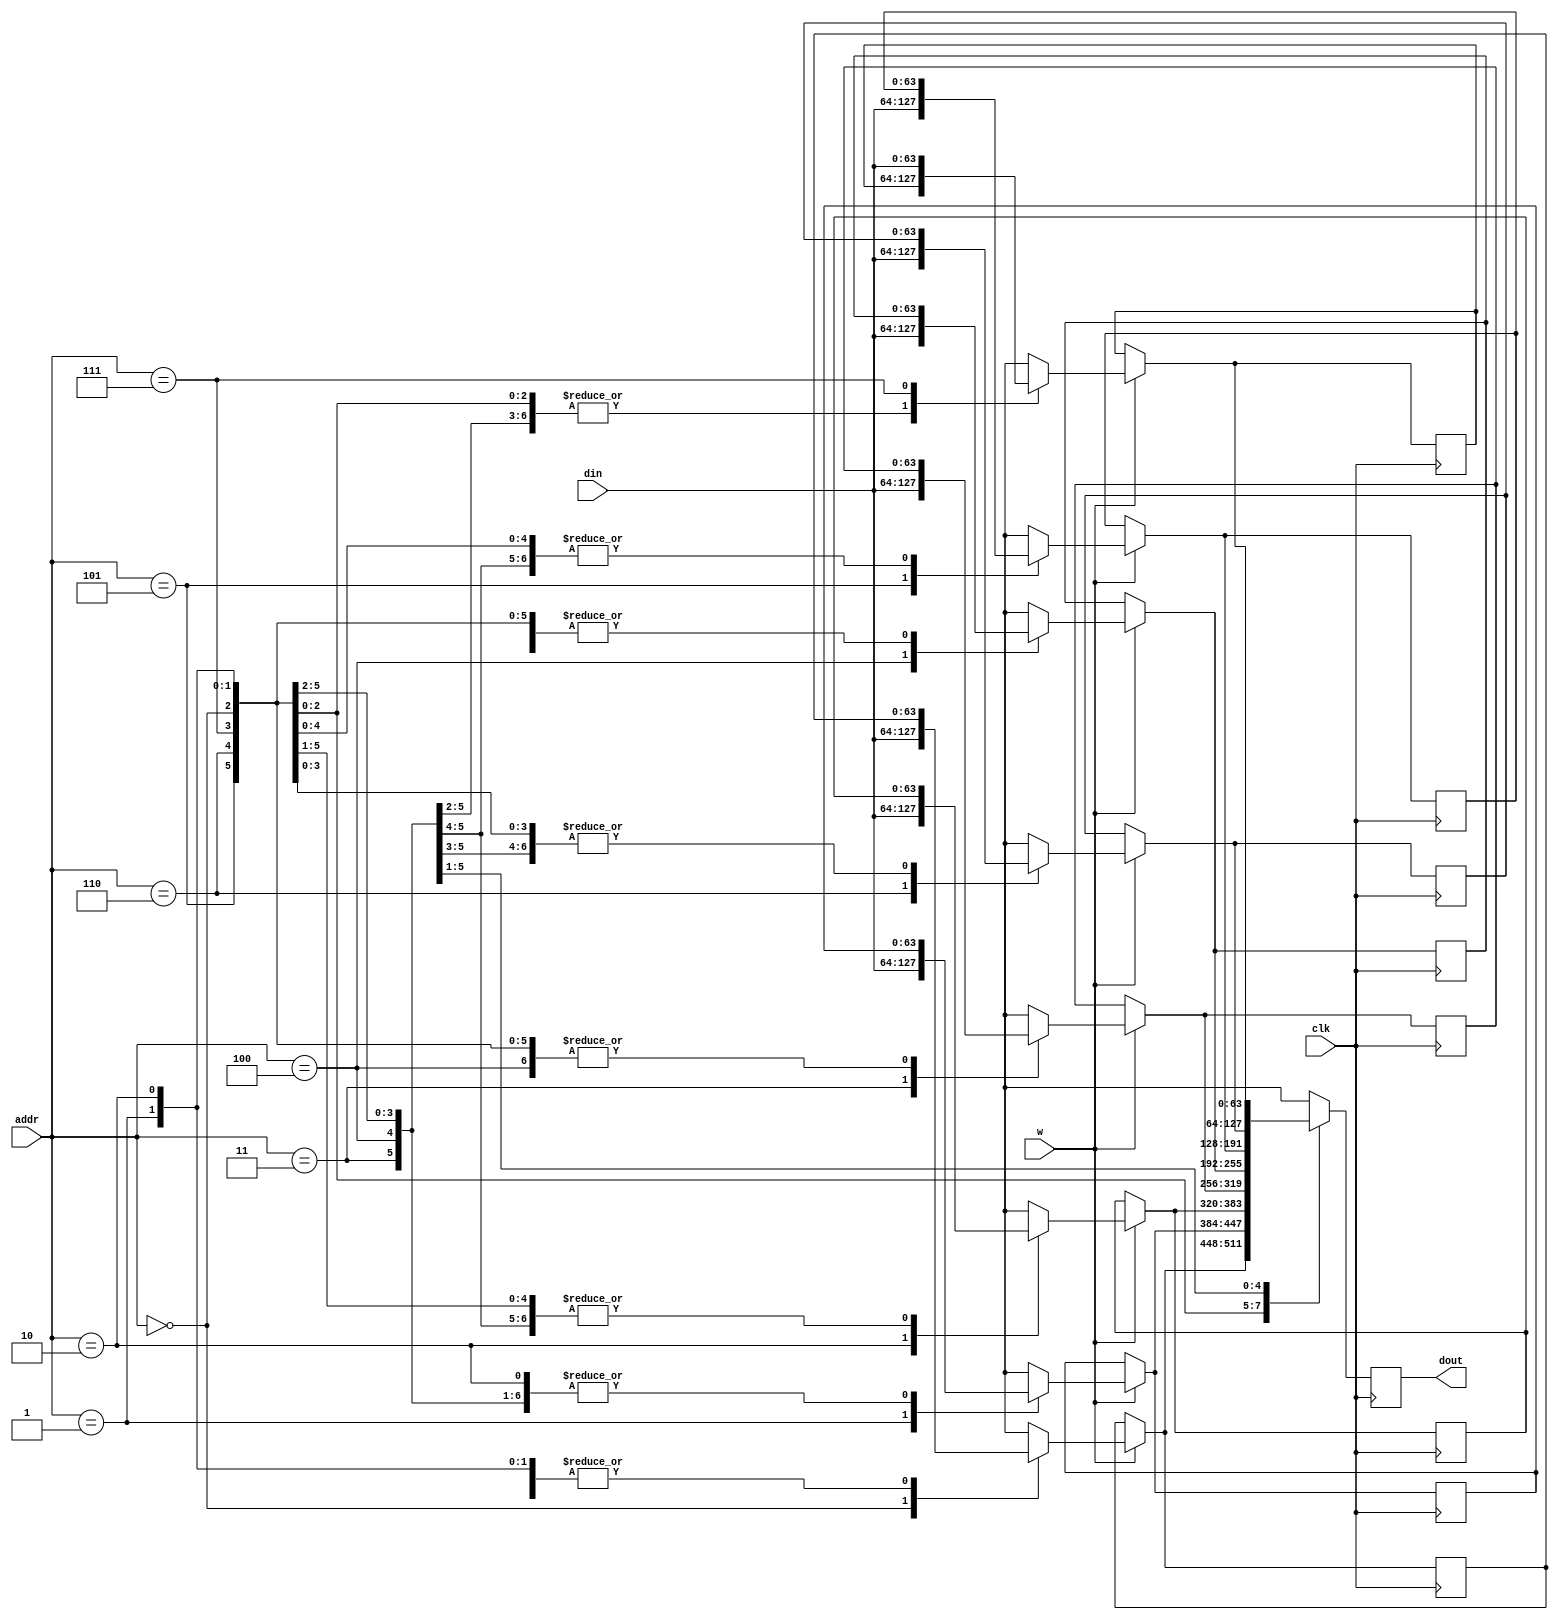
module DM#(parameter addr_width = 3,data_width = 64)
(
    input wire clk,
    input wire w,
    input wire [addr_width-1:0] addr,
    input wire [data_width-1:0] din,
    output reg [data_width-1:0] dout
);

reg [data_width-1:0] data_memory[2**addr_width-1:0];

always @(posedge clk)
begin
    if (w == 1) 
	begin
        data_memory[addr] = din;
	end
dout = data_memory[addr];

end

endmodule